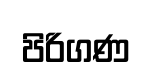
පිරිගණ